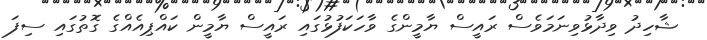
ޝާހިދު ވިދާޅުވިނަމަވެސް ރައީސް ޔާމީންގެ ވާހަކަފުޅުގައި ރައީސް ޔާމީން ކައްޕިއެއްގެ ގޮތުގައި ސިފަ